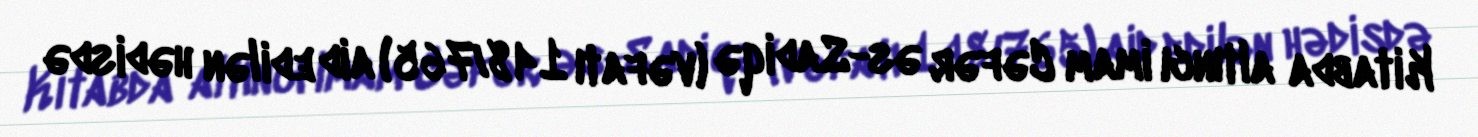
Kitabda altıncı imam Cəfər əs-Sadiqə (vəfatı 148/765) aid edilən hədisdə